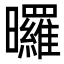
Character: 曪